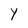
Character: Y